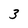
Character: 3